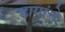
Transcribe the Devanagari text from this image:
डागांचे